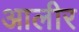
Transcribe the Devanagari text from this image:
आलीर